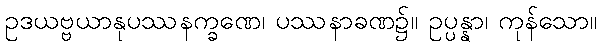
ဥဒယဗ္ဗယာနုပဿနက္ခဏေ၊ ပဿနာခဏ၌။ ဥပ္ပန္နာ၊ ကုန်သော။